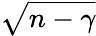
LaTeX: \sqrt{n-\gamma}